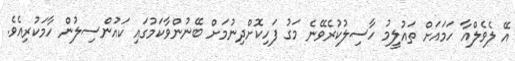
އޭ ލެވެލްއާ ހަމައަށް ތައުލީމު ހާސިލުކުރެވޭނެ މަގު ފަހިކޮށްދިނުމަށް ބޭނުންވާކަމުގައި ކައުންސިލުން ހާމަކުރިއެވެ.